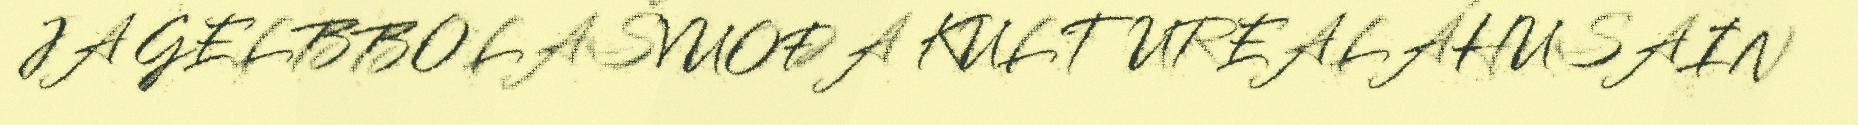
JA GELBBOLAŠVUOĐA KULTUREALÁHUSAIN